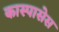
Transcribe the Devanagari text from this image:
कास्पासेस